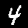
Digit: 4